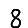
Digit: 8